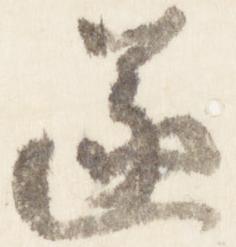
遂